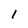
Character: 1